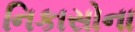
નિકાસોના